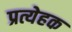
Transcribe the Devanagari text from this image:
प्रत्येहक